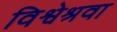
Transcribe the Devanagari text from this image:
विश्वेश्रवा